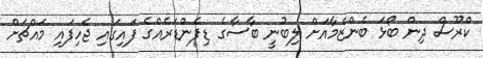
ކްރޫސް ދިން ބޯޅަ ބެންޒެމާއަށް ލިބުނީ ބާސާގެ ޑިފެންޑަރެއްގެ ފައިގައި ޖެހިފައި މައްޗަށް